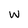
Character: W